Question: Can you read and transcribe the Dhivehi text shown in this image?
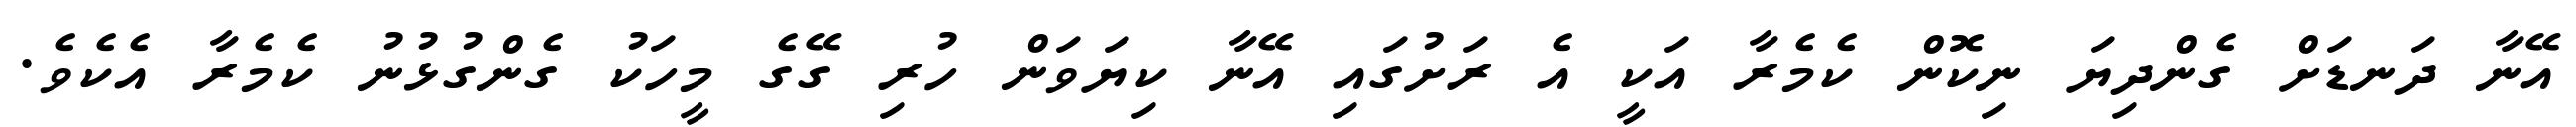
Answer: އޭނާ ދަނޑަށް ގެންދިޔަ ނިކޮން ކެމެރާ އަކީ އެ ރަށުގައި އޭނާ ކިޔަވަން ހުރި ގޭގެ މީހަކު ގެންގުޅުނު ކެމެރާ އެކެވެ.